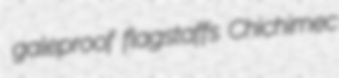
galeproof flagstaffs Chichimec